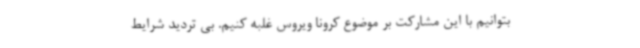
بتوانیم با این مشارکت بر موضوع کرونا ویروس غلبه کنیم. بی تردید شرایط